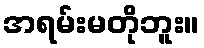
အရမ်းမတိုဘူး။